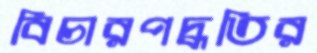
বিচারপদ্ধতির